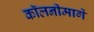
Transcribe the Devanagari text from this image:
कॉलनीमार्गे